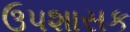
ઉપશાસક